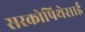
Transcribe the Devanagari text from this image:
सरकोपिथेसाई